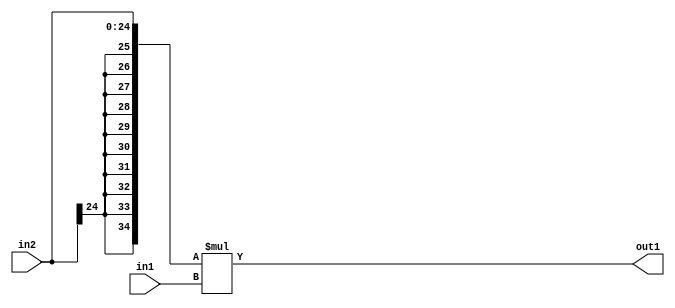
`timescale 1ps / 1ps
/*****************************************************************************
    Verilog RTL Description
    
    
    Created by: Stratus DpOpt 21.05.01 
*******************************************************************************/

module SobelFilter_Mul_25Sx20U_35S_4 (
	in2,
	in1,
	out1
	); /* architecture "behavioural" */ 
input [24:0] in2;
input [19:0] in1;
output [34:0] out1;
wire [34:0] asc001;

assign asc001 = 
	+({{10{in2[24]}}, in2} * in1);

assign out1 = asc001;
endmodule

/* CADENCE  ubP3Twk= : u9/ySxbfrwZIxEzHVQQV8Q== ** DO NOT EDIT THIS LINE ******/